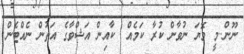
ނޫން..މީ މޮޔަ ނުވާން ކުރާ ކަމެއް  ކާއިން އަޝްވާގެ އަތުން ނެއްޓެން